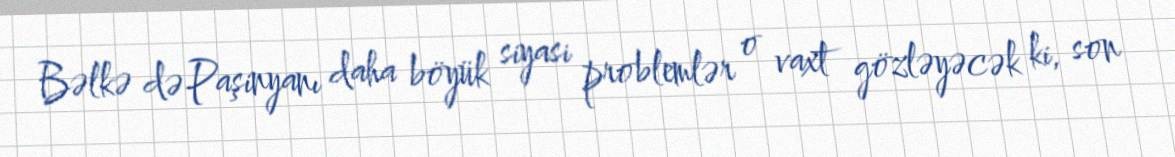
Bəlkə də Paşinyanı daha böyük siyasi problemlər o vaxt gözləyəcək ki, son